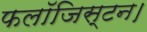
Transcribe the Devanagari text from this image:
फलॉजिस्टन।